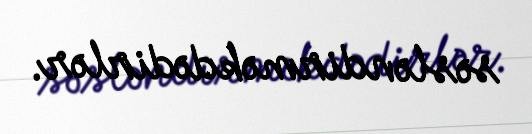
səsləndirməkdədirlər.